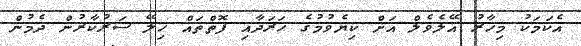
އެކަމަކު މިހާރު އޭލެވެލް އަށް ކިޔެވުމުގެ ހަރަދާއި ފޮތްތައް ހިލޭ ސަރުކާރުން ދެމުން